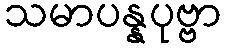
သမာပန္နပုဗ္ဗာ